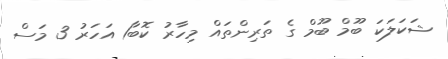
ޝަކަލަކަ ބޫމް ބޫމް ގެ ތަރިންތައް މިހާރު ކޮބާ1 އަހަރު 3 މަސް